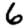
Digit: 6